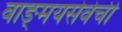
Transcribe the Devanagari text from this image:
वाङ्‌मयसेवेची